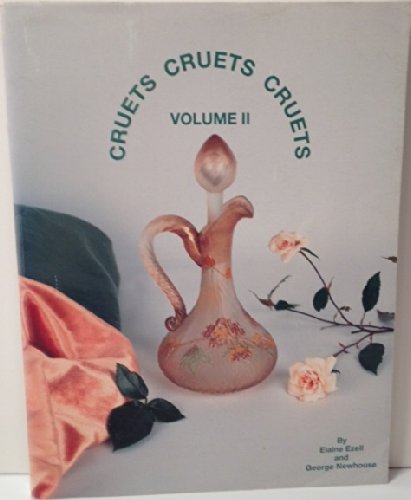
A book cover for Cruets, Cruets, Cruets Volume II; Elaine Ezell; Crafts, Hobbies & Home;